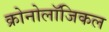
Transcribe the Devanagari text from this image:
क्रोनोलॉजिकल